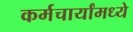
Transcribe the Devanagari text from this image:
कर्मचार्यांमध्ये